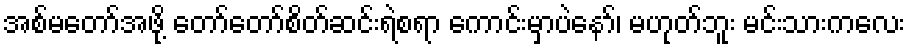
အစ်မတော်အဖို့ တော်တော်စိတ်ဆင်းရဲစရာ ကောင်းမှာပဲနော်၊ မဟုတ်ဘူး မင်းသားကလေး